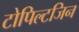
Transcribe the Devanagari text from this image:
टोपिल्टजिन